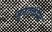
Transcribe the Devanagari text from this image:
मुनतकीम